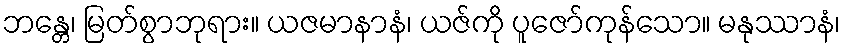
ဘန္တေ၊ မြတ်စွာဘုရား။ ယဇမာနာနံ၊ ယဇ်ကို ပူဇော်ကုန်သော။ မနုဿာနံ၊